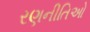
રણનીતિઓ